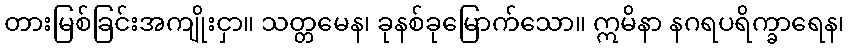
တားမြစ်ခြင်းအကျိုးငှာ။ သတ္တမေန၊ ခုနစ်ခုမြောက်သော။ ဣမိနာ နဂရပရိက္ခာရေန၊